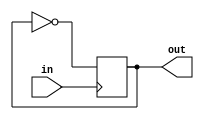
`timescale 1ns / 1ps
//////////////////////////////////////////////////////////////////////////////////
// Company: 
// Engineer: 
// 
// Design Name: 
// Module Name:    divizor_ceas 
// Project Name: 
// Target Devices: 
// Tool versions: 
// Description: 
//
// Dependencies: 
//
// Revision: 
// Revision 0.01 - File Created
// Additional Comments: 
//
//////////////////////////////////////////////////////////////////////////////////
module divizor_ceas(
    input in,
    output reg out
    );
	
	initial begin
		out = 0;
	end

	always @(posedge in) begin 
		out <= ~out;
	end

endmodule